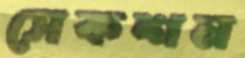
সেকশন